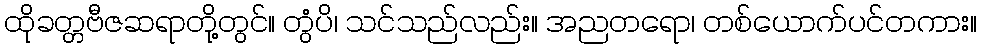
ထိုခတ္တဗီဇဆရာတို့တွင်။ တွံပိ၊ သင်သည်လည်း။ အညတရော၊ တစ်ယောက်ပင်တကား။